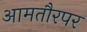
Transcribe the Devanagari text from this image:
आमतौरपर